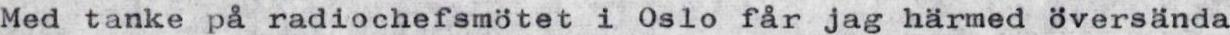
Med tanke på radiochefsmötet i Oslo får jag härmed översända